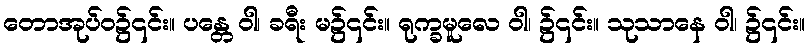
တောအုပ်ဝ၌၎င်း။ ပန္တေ ဝါ၊ ခရီး မ၌၎င်း။ ရုက္ခမူလေ ဝါ၊ ၌၎င်း။ သုသာနေ ဝါ၊ ၌၎င်း။